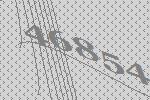
46854